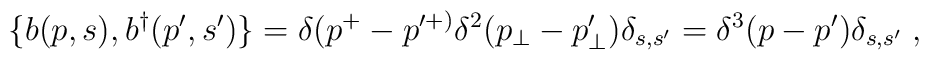
\{b(p,s),b^\dagger(p^\prime,s^\prime)\}=\delta(p^+ - p^{\prime +)}\delta^2 (p_\perp - p_\perp^\prime) \delta_{s,s^\prime} =\delta^3 (p - p^\prime) \delta_{s,s^\prime}\;,